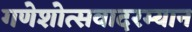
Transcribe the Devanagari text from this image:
गणेशोत्सवादरम्यान